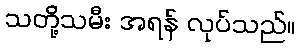
သတို့သမီး အရန် လုပ်သည်။